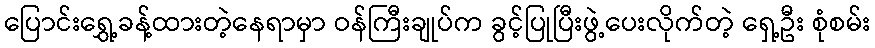
ပြောင်းရွှေ့ခန့်ထားတဲ့နေရာမှာ ဝန်ကြီးချုပ်က ခွင့်ပြုပြီးဖွဲ့ပေးလိုက်တဲ့ ရှေ့ဦး စုံစမ်း